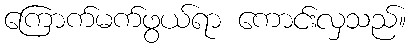
ကြောက်မက်ဖွယ်ရာ ကောင်းလှသည်။